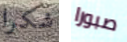
شكرا صبورا